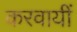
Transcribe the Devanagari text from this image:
करवायीं